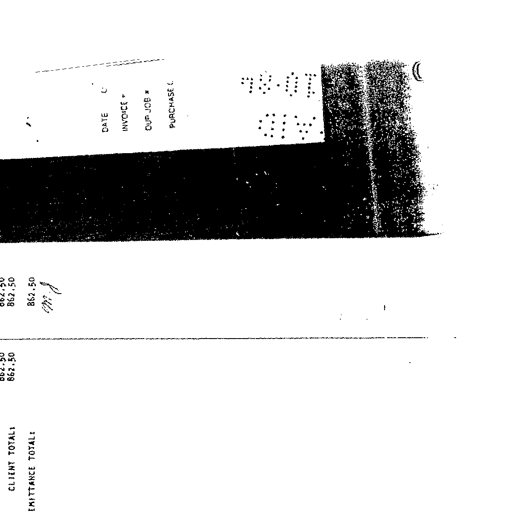
CLIENT TOTAL:
REMITTANCE TOTAL:
862.50
862.50
862.50
862.50
m j
DATE
INVOICE #
OUR JOB #
PURCHASE O
01-01-86
AID